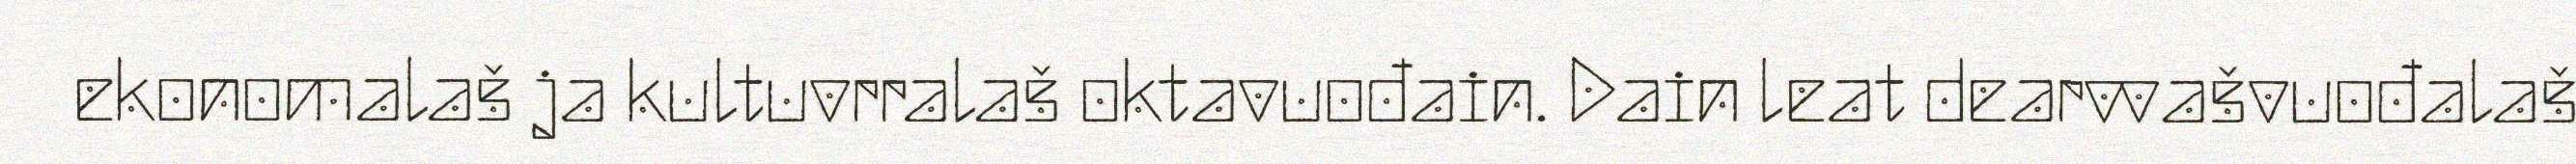
ekonomalaš ja kultuvrralaš oktavuođain. Dain leat dearvvašvuođalaš